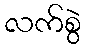
လက်စွဲ